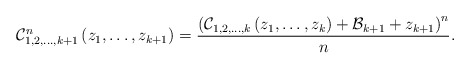
\begin{align*}\mathcal{C}_{1,2,\dots,k+1}^{n}\left(z_{1},\dots,z_{k+1}\right)=\frac{\left(\mathcal{C}_{1,2,\dots,k}\left(z_{1},\dots,z_{k}\right)+\mathcal{B}_{k+1}+z_{k+1}\right)^{n}}{n}.\end{align*}